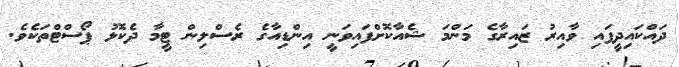
ދައްކައިދީފައި ވާއިރު ޒައިރާގެ މަންމަ ޝެއާކޮށްފައިވަނީ އިންޑިއާގެ ރެސްލިން ޓީމާ ދެކޮޅު ޕޯސްޓްތަކެވެ.